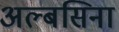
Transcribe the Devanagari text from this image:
अल्बसिना